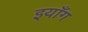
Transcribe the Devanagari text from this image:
इयाँग